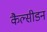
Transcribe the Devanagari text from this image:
कैल्सीडन